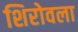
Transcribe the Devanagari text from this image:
शिरोवला